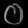
Digit: ၀